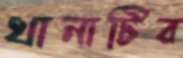
থানাটির